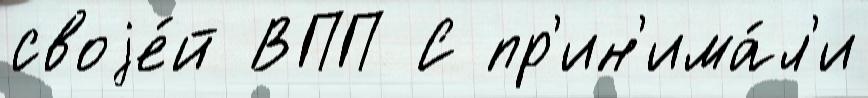
своjе́й ВПП С пр'ин'има́л'и